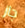
جاز